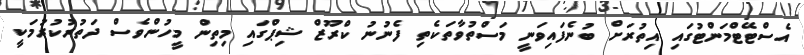
އެސްޓޭޓްމަންޓުގައި އިތުރަށް ބުނެފައިވަނީ މަސްތުވާތަކެތި ފެނުނު ކްރޫޒް ޝިޕްގައި މިތިން މީހުންވެސް ދަތުރުކުރުމަކީ